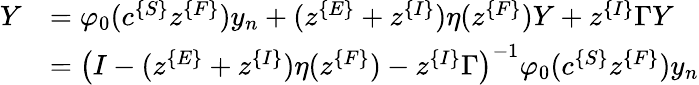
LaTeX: \begin{array}{rl}{Y}&{=\varphi_{0}(c^{\{ S\} }z^{\{ F\} })y_{n}+(z^{\{ E\} }+z^{\{ I\} })\eta(z^{\{ F\} })Y+z^{\{ I\} }\Gamma Y}\\ &{=\left(I-(z^{\{ E\} }+z^{\{ I\} })\eta(z^{\{ F\} })-z^{\{ I\} }\Gamma\right)^{-1}\varphi_{0}(c^{\{ S\} }z^{\{ F\} })y_{n}}\end{array}